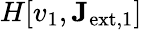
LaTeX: H[v_{1},\mathbf{J}_{\mathrm{ext,1}}]